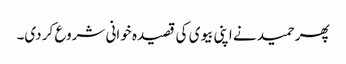
پھر حمید نے اپنی بیوی کی قصیدہ خوانی شروع کر دی۔